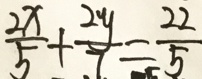
\frac { 2 x } { 5 } + \frac { 2 y } { 7 } = \frac { 2 2 } { 5 }